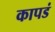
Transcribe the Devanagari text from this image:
कापडं